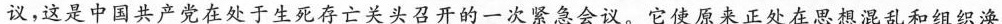
议，这便是八七会议，这是中国共产党在处于生死存亡关头召开的一次紧急会议。它使原来正处在思想混乱和组织涣